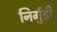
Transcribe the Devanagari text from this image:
निर्गुडी